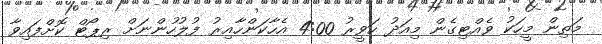
މަތިން މީހަކު ވެއްޓިގެން މިއަދު ހަވީރު 4:00 އެހާކަންހާއިރު ފުލުހުންނަށް ރިޕޯޓް ކޮށްފައިވާ